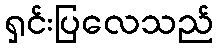
ရှင်းပြလေသည်